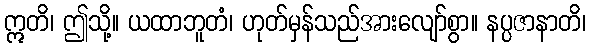
ဣတိ၊ ဤသို့။ ယထာဘူတံ၊ ဟုတ်မှန်သည်အားလျော်စွာ။ နပ္ပဇာနာတိ၊